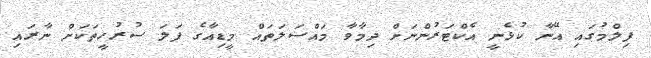
ފިލްމުގައި އޭނާ ކުޅެނީ އެކްޓަރުންނަށް ދިމާވާ މައްސަލަތައް މީޑިއާގެ ފަލަ ސުރުހީތަކަށް ނާރައި